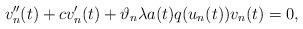
LaTeX: \begin{align*}v''_{n}(t) + c v'_{n}(t) + \vartheta_{n} \lambda a(t) q(u_{n}(t))v_{n}(t) = 0,\end{align*}